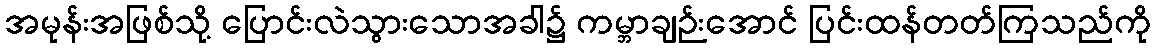
အမုန်းအဖြစ်သို့ ပြောင်းလဲသွားသောအခါ၌ ကမ္ဘာချဉ်းအောင် ပြင်းထန်တတ်ကြသည်ကို